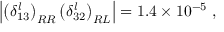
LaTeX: \left| \left( \delta _ { 1 3 } ^ { l } \right) _ { R R } \left( \delta _ { 3 2 } ^ { l } \right) _ { R L } \right| = 1 . 4 \times 1 0 ^ { - 5 } \; ,